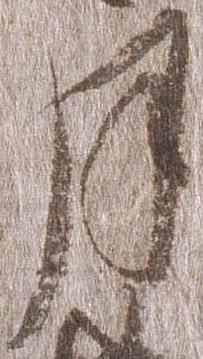
月